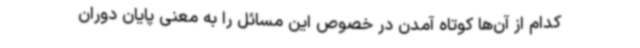
کدام از آن‌ها کوتاه آمدن در خصوص این مسائل را به معنی پایان دوران